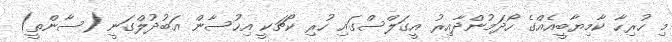
މި ހުރިހާ ކާމިޔާބީއެއްގެ ހޯދަމުންދާއިރު އީގަލްސްގައި ހުރި ކޯޗަކީ އިހުސާން އަބުދުލްގަނީ (ސާންތީ)